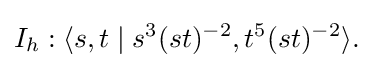
I_{h}:\langle s,t\mid s^{3}(st)^{-2},t^{5}(st)^{-2}\rangle .\